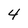
Character: 4